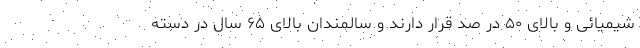
شیمیائی و بالای ۵۰ در صد قرار دارند و سالمندان بالای ۶۵ سال در دسته